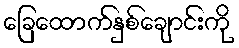
ခြေထောက်နှစ်ချောင်းကို